Source: Handwritten
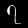
Digit: ၇ (7)